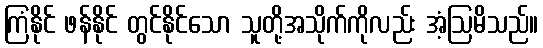
ကြံနိုင် ဖန်နိုင် တွင်နိုင်သော သူတို့အသိုက်ကိုလည်း အံ့ဩမိသည်။